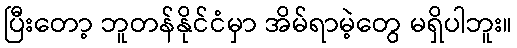
ပြီးတော့ ဘူတန်နိုင်ငံမှာ အိမ်ရာမဲ့တွေ မရှိပါဘူး။